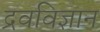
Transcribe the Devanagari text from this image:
द्रवविज्ञान